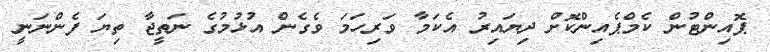
ޕޮއިންޓުން ކެމްޕެއިންކޮށް ދިޔައިރު އެކަމާ ވަރިހަމަ ވެގެން އުޅުމުގެ ނަތީޖާ ތިޔަ ފެންނަނީ